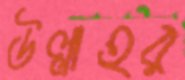
উল্লাহর